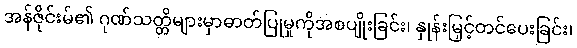
အန်ဇိုင်းမ်၏ ဂုဏ်သတ္တိများမှာဓာတ်ပြုမှုကိုအစပျိုးခြင်း၊ နှုန်းမြှင့်တင်ပေးခြင်း၊